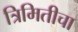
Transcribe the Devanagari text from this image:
त्रिमितीचा